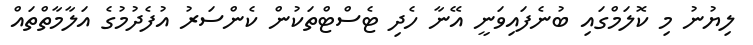
ލިޔުނު މި ކޮލަމްގައި ބުނެފައިވަނީ އޭނާ ހެދި ޓެސްޓްތަކުން ކެންސަރު އުފެދުމުގެ އަލާމާތްތައް